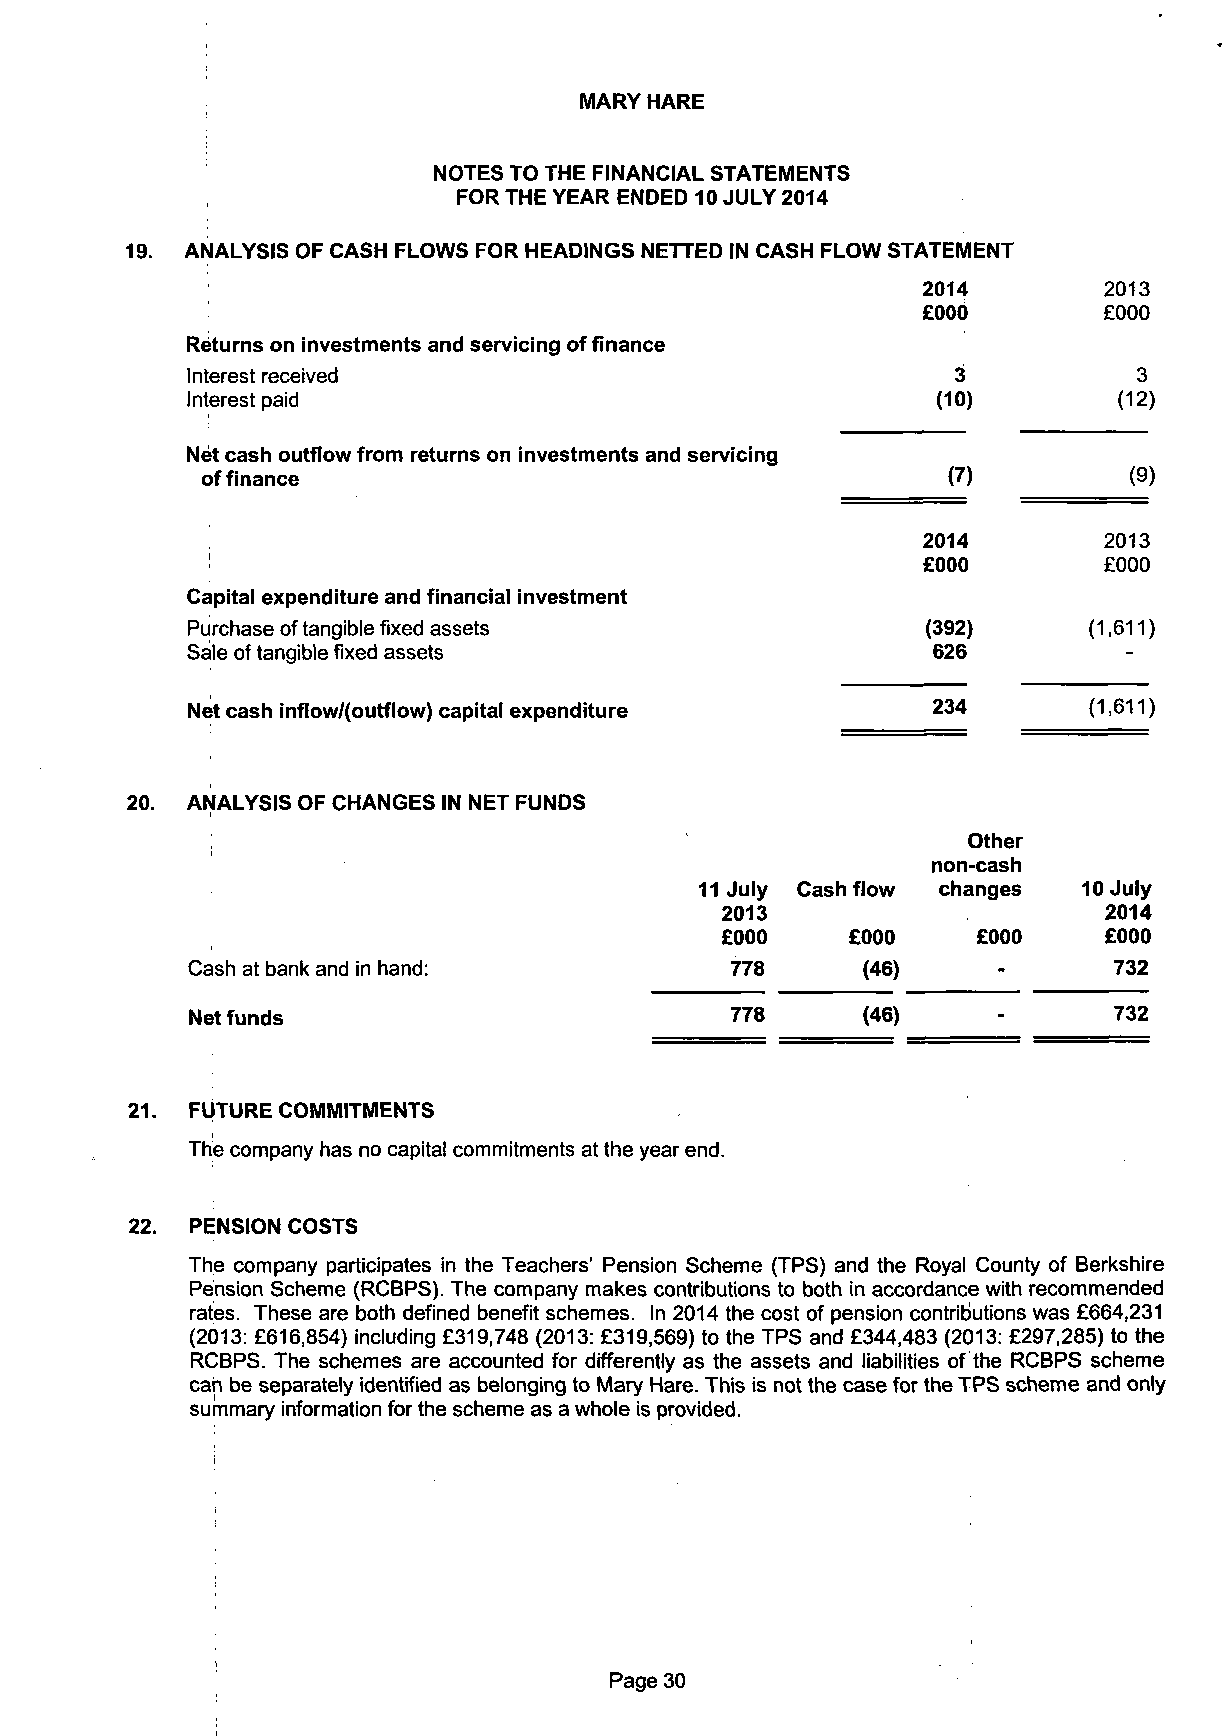
MARY HARE
 NOTES TO THE FINANCIAL STATEMENTS
 FOR THE YEAR ENDED 10 JULY 2014
 19. ANALYSIS OF CASH FLOWS FOR HEADINGS NETTED IN CASH FLOW STATEMENT
 2014        2013
 £000        £000
 Returns on investments and servicing of finance
 Interest received                                  3           3
 Interest paid                                     (10)        (12)
 Net cash outflow from returns on investments and servicing
 of finance                                        (7)         0)
 2014        2013
 £000        £000
 Capital expenditure and financial investment
 Purchase of tangible fixed assets                (392)      (1,611)
 Sale of tangible fixed assets                     626
 Net cash inflow/(outflow) capital expenditure     234       (1,611)
 20. ANALYSIS OF CHANGES IN NET FUNDS
 Other
 non-cash
 11 July Cashflow changes  10 July
 2013                     2014
 £000    £000
 £000    £000
 Cash at bank and in hand:           778      (46)             732
 Net funds                           778      (46)             732
 21.  FUTURE COMMITMENTS
 The company has no capital commitments at the year end.
 22. PENSION COSTS
 The company participates in the Teachers' Pension Scheme (TPS) and the Royal County of Berkshire
 Pension Scheme (RCBPS). The company makes contributions to both in accordance with recommended
 rates. These are both defined benefit schemes. In 2014 the cost of pension contributions was £664,231
 (2013: £616,854) including £319,748 (2013: £319,569) to the TPS and £344,483 (2013: £297,285) to the
 RCBPS. The schemes are accounted for differently as the assets and liabilities of the RCBPS scheme
 can be separately identified as belonging to Mary Hare. This is not the case for the TPS scheme and only
 summary information for the scheme as a whole is provided.
 Page 30